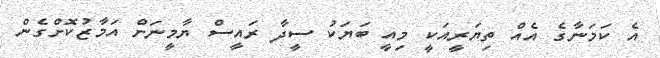
އެ ކަމަނާގެ އެއް ތިޔަރީއަކީ މިއީ ބަޔަކު ސީދާ ރައީސް ޔާމީނަށް އަމާޒުކޮށްގެން